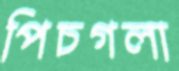
পিচগলা